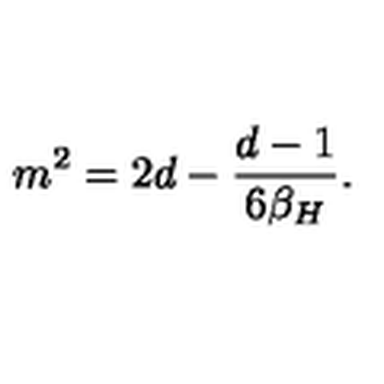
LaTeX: m ^ { 2 } = 2 d - { \frac { d - 1 } { 6 \beta _ { H } } } .